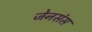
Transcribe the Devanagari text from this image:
जेनसंस